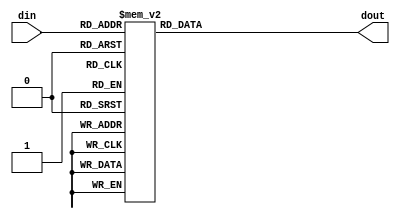
module seg(din,dout);
    input [3:0] din;
    output reg [0:287] dout;
    
    always @(din) begin
        case(din)//show color of digits
        4'h0 : dout <= 288'h00_00_00_00_00_00_00_00_00_00_00_00_00_00_00_00_00_00_00_00_00_00_00_00_00_00_00_00_00_00_00_00_00_00_00_00;//0
        4'h1 : dout <= 288'h00_00_00_00_00_00_00_00_02_02_03_00_00_00_00_00_00_00_00_00_00_00_00_00_00_00_e0_a0_a0_00_00_00_00_00_00_00;//2
        4'h2 : dout <= 288'h00_00_00_00_00_00_00_00_03_00_03_00_00_00_00_00_00_00_00_00_00_00_00_00_00_00_80_80_e0_00_00_00_00_00_00_00;//4
        4'h3 : dout <= 288'h00_00_00_00_00_00_00_00_03_02_03_00_00_00_00_00_00_00_00_00_00_00_00_00_00_00_e0_a0_e0_00_00_00_00_00_00_00;//8
        4'h4 : dout <= 288'h00_00_00_00_00_00_00_03_00_00_03_02_02_00_00_00_00_00_00_00_00_00_00_00_00_e0_00_00_e0_a0_e0_00_00_00_00_00;//16
        4'h5 : dout <= 288'h00_00_00_00_00_00_02_02_03_00_02_02_03_00_00_00_00_00_00_00_00_00_00_00_a0_a0_e0_00_e0_a0_a0_00_00_00_00_00;//32
        4'h6 : dout <= 288'h00_00_00_00_00_00_03_02_02_00_03_00_03_00_00_00_00_00_00_00_00_00_00_00_e0_a0_e0_00_80_80_e0_00_00_00_00_00;//64
        4'h7 : dout <= 288'h00_00_00_00_00_03_00_00_02_02_03_00_03_02_03_00_00_00_00_00_00_00_00_e0_00_00_e0_a0_a0_00_e0_a0_e0_00_00_00;//128
        4'h8 : dout <= 288'h00_00_00_00_02_02_03_00_03_02_02_00_03_02_02_00_00_00_00_00_00_00_e0_a0_a0_00_a0_a0_e0_00_e0_a0_e0_00_00_00;//256
        4'h9 : dout <= 288'h00_00_00_00_03_02_02_00_00_03_00_00_02_02_03_00_00_00_00_00_00_00_a0_a0_e0_00_00_e0_00_00_e0_a0_a0_00_00_00;//512
        4'ha : dout <= 288'h00_00_00_03_00_00_03_02_03_00_02_02_03_00_03_00_03_00_00_00_00_e0_00_00_e0_20_e0_00_e0_a0_a0_00_80_80_e0_00;//1024
        4'hb : dout <= 288'h00_00_02_02_03_00_03_02_03_00_03_00_03_00_03_02_03_00_00_00_e0_a0_a0_00_e0_20_e0_00_80_80_e0_00_e0_a0_e0_00;//2048
        4'hc : dout <= 288'h00_00_03_00_03_00_03_02_03_00_03_02_03_00_03_02_02_00_00_00_80_80_e0_00_e0_20_e0_00_a0_a0_e0_00_e0_a0_e0_00;//4096
        4'hd : dout <= 288'h00_00_03_02_03_00_00_03_00_00_03_02_03_00_02_02_03_00_00_00_e0_a0_e0_00_00_e0_00_00_a0_a0_e0_00_e0_a0_a0_00;//8192
        default: dout<=288'hff_80_80_80_80_80_80_80_80_80_80_80_80_80_80_80_80_80_ff_00_00_00_00_00_00_00_00_00_00_00_00_00_00_00_00_00;//none
        endcase
    end
endmodule